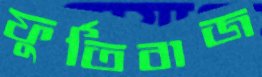
ফুর্তিবাজ